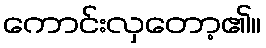
ကောင်းလှတော့၏။